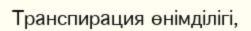
Транспирация өнімділігі,